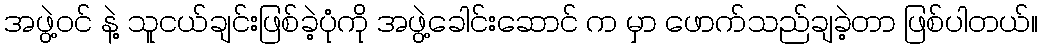
အဖွဲ့ဝင် နဲ့ သူငယ်ချင်းဖြစ်ခဲ့ပုံကို အဖွဲ့ခေါင်းဆောင် က မှာ ဖောက်သည်ချခဲ့တာ ဖြစ်ပါတယ်။